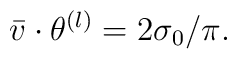
\bar{v}\cdot\theta^{(l)}=2\sigma_{0}/\pi.